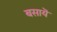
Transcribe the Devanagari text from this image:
बसायॆ